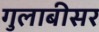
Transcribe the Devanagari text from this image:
गुलाबीसर